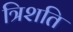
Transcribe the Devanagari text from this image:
त्रिशति